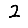
Digit: 2